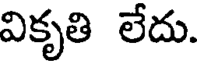
వికృతి లేదు.